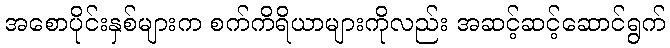
အစောပိုင်းနှစ်များက စက်ကိရိယာများကိုလည်း အဆင့်ဆင့်ဆောင်ရွက်